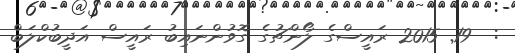
:  19